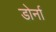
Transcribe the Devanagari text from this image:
डोर्ना